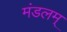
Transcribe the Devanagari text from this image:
मंडलम्‌